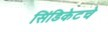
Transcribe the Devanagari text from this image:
सिंडिकेटचे